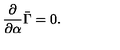
{ \frac { \partial } { \partial \alpha } } \bar { \Gamma } = 0 .